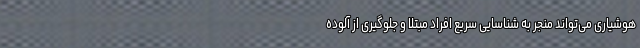
هوشیاری می‌تواند منجر به شناسایی سریع افراد مبتلا و جلوگیری از آلوده